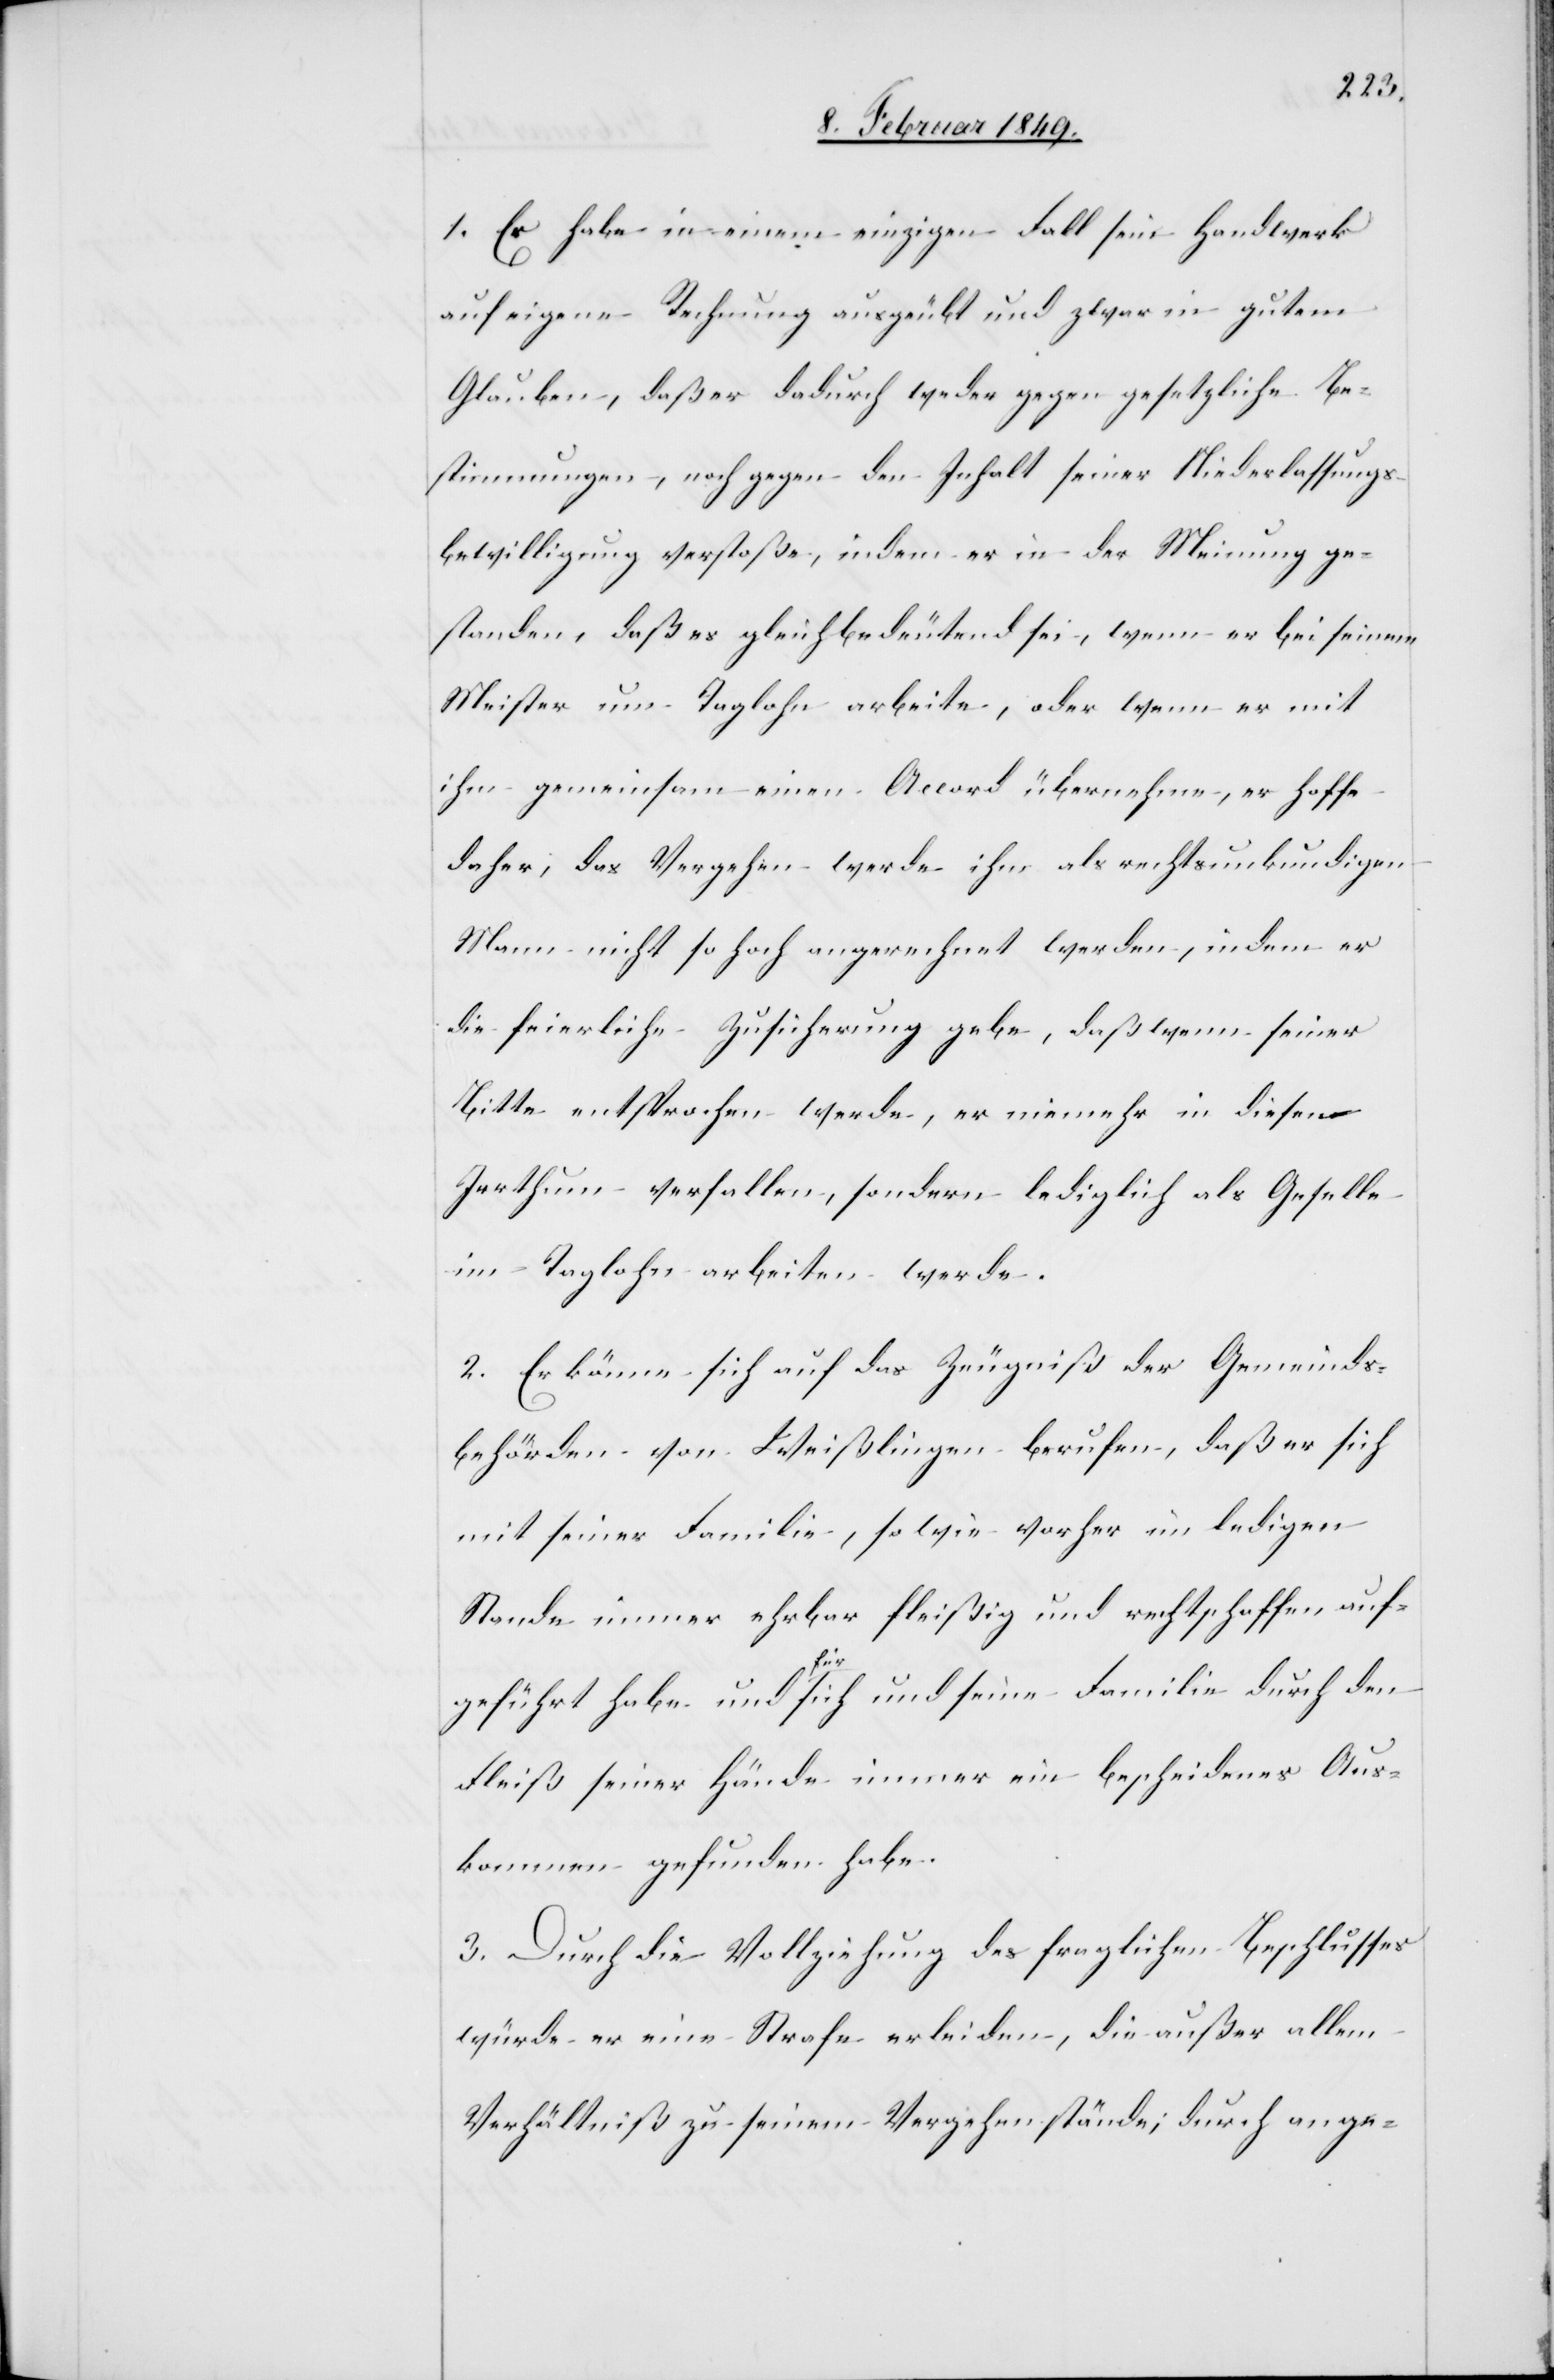
1. Er habe in einem einzigen Fall sein Handwerk
auf eigene Rechnung ausgeübt und zwar in gutem
Glauben, daß er dadurch weder gegen gesetzliche Be¬
stimmungen, noch gegen den Inhalt seiner Niederlassungs¬
bewilligung verstoße, indem er in der Meinung ge¬
standen, daß es gleichbedeutend sei, wenn er bei seinem
Meister um Taglohn arbeite, oder wenn er mit
ihm gemeinsam einen Accord übernehme, er hoffe
daher, das Vergehen werde ihm als rechtsunkundigen
Mann nicht so hoch angerechnet werden, indem er
die feierliche Zusicherung gebe, daß wenn seiner
Bitte entsprochen werde, er niemehr in diesen
Irrthum verfallen, sondern lediglich als Geselle
im Taglohn arbeiten werde.
2. Er könne sich auf das Zeugniß der Gemeinds¬
behörden von Weißlingen berufen, daß er sich
mit seiner Familie, so wie vorher im ledigen
Stande immer ehrbar fleißig und rechtschaffen auf¬
geführt habe und für sich und seine Familie durch den
Fleiß seiner Hände immer ein bescheidenes Aus¬
kommen gefunden habe.
3. Durch die Vollziehung des fraglichen Beschlusses
würde er eine Strafe erleiden, die außer allem
Verhältniß zu seinem Vergehen stände; durch ange-